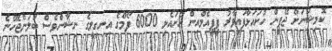
ކޮމިޝަނަށް ޖޭޕީން ހުށައަޅާފައިވާރު ޕީޕީއެމްއިން ހުށައެޅި 6000 ފޯމްގެ އިނގިލީގެ ނިޝާންވެސް ބަލަންޖެހޭނެ